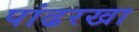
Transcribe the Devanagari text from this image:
पांढरखा